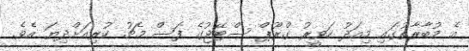
އެ މުބާރާތުގައި މިއަދު ހަވީރު ގްރޫޕް ސްޓޭޖުގެ ފަސް މެޗު ކުރިއަށްދިޔަ އެވެ.